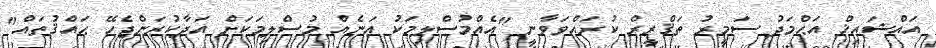
އައްޝައިޚް އަޙްމަދު ސަމީރު ތަޤްރީރް ކުރައްވަވާނީ "އެއްމުސްލިމަކު އަނެއް މުސްލިމަކަށް އަދާކުރަންޖެހޭ ޙައްޤުތައް"